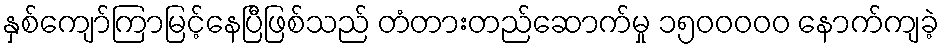
နှစ်ကျော်ကြာမြင့်နေပြီဖြစ်သည် တံတားတည်ဆောက်မှု ၁၅၀၀ဝဝဝ နောက်ကျခဲ့